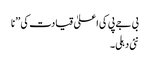
بی جے پی کی اعلیٰ قیادت کی ’’ نا
نئی دہلی۔